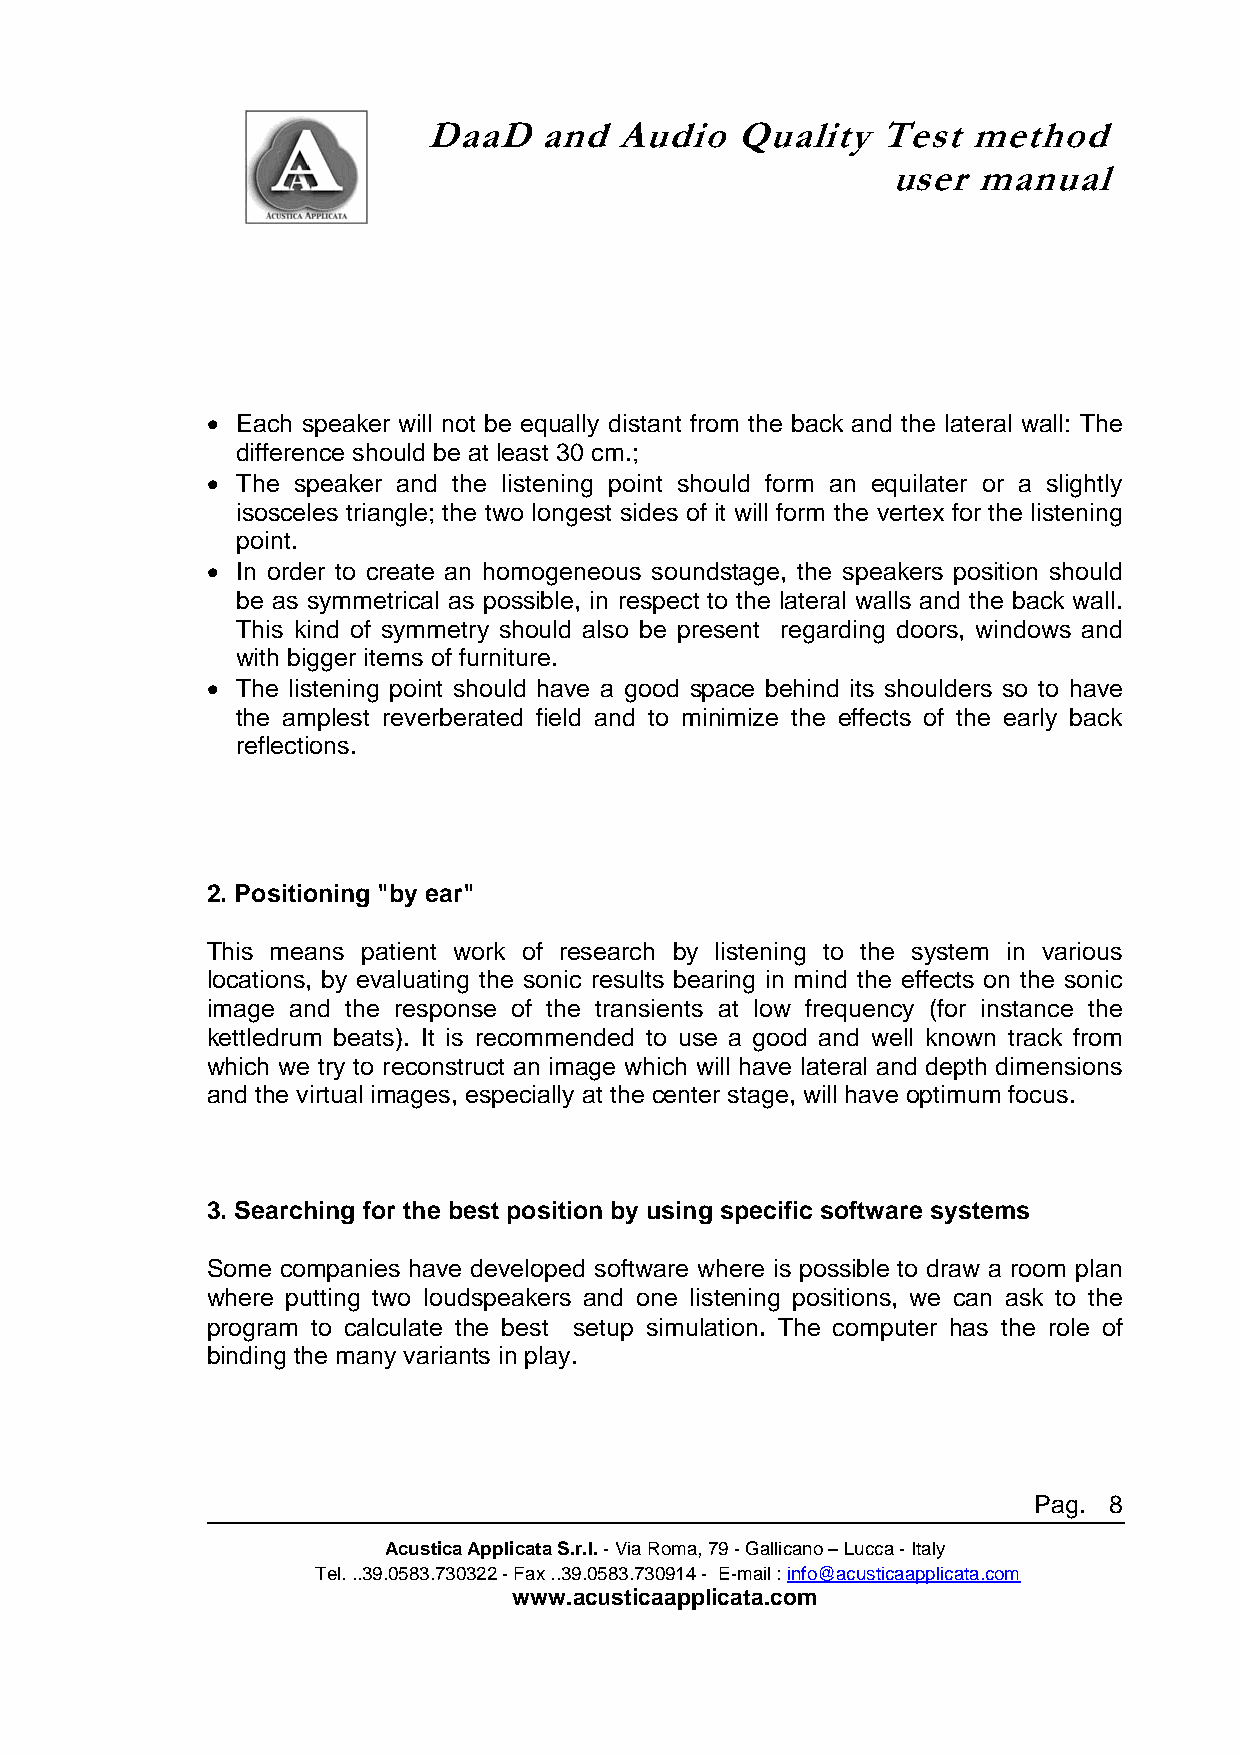
DaaD    and  Audio   Quality  Test  method
 user  manual
 • Each speaker will not be equally distant from the back and the lateral wall: The
 difference should be at least 30 cm.;
 • The speaker and the listening point should form an equilater or a slightly
 isosceles triangle; the two longest sides of it will form the vertex for the listening
 point.
 • In order to create an homogeneous soundstage, the speakers position should
 be as symmetrical as possible, in respect to the lateral walls and the back wall.
 This kind of symmetry should also be present regarding doors, windows and
 with bigger items of furniture.
 • The listening point should have a good space behind its shoulders so to have
 the amplest reverberated field and to minimize the effects of the early back
 reflections.
 2. Positioning "by ear"
 This means patient work of research by listening to the system in various
 locations, by evaluating the sonic results bearing in mind the effects on the sonic
 image and the response of the transients at low frequency (for instance the
 kettledrum beats). It is recommended to use a good and well known track from
 which we try to reconstruct an image which will have lateral and depth dimensions
 and the virtual images, especially at the center stage, will have optimum focus.
 3. Searching for the best position by using specific software systems
 Some companies have developed software where is possible to draw a room plan
 where putting two loudspeakers and one listening positions, we can ask to the
 program to calculate the best setup simulation. The computer has the role of
 binding the many variants in play.
 Pag. 8
 Acustica Applicata S.r.l. - Via Roma, 79 - Gallicano – Lucca - Italy
 Tel. ..39.0583.730322 - Fax ..39.0583.730914 - E-mail : info@acusticaapplicata.com
 www.acusticaapplicata.com